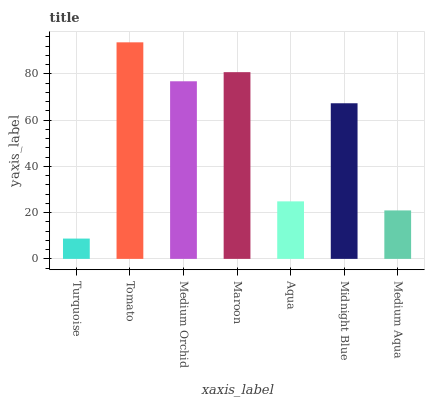
| xaxis_label | bars |
 | --- | --- |
 | Turquoise | 8.79 |
 | Tomato | 93.7 |
 | Medium Orchid | 76.8 |
 | Maroon | 80.8 |
 | Aqua | 24.9 |
 | Midnight Blue | 67.3 |
 | Medium Aqua | 21 |